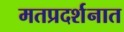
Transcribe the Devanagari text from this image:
मतप्रदर्शनात